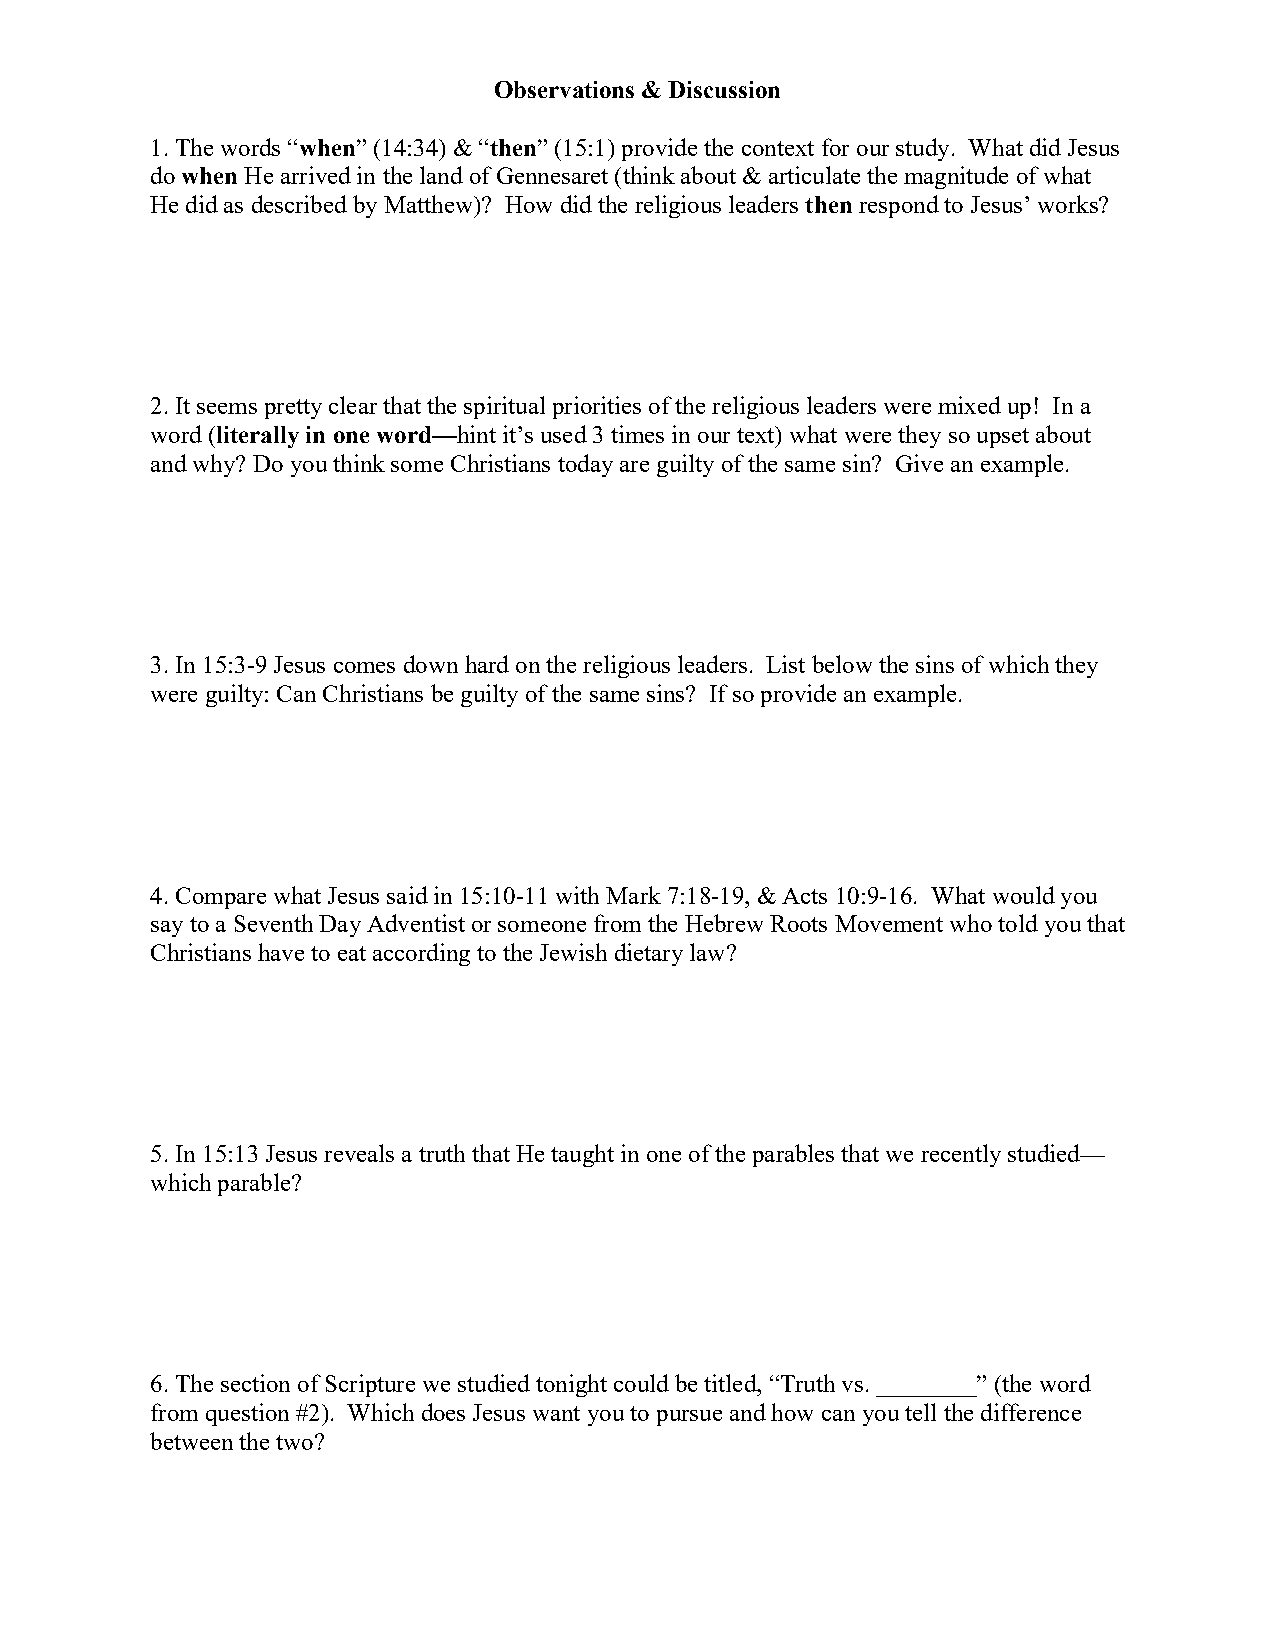
Observations & Discussion
 1. The words “when” (14:34) & “then” (15:1) provide the context for our study. What did Jesus
 do when He arrived in the land of Gennesaret (think about & articulate the magnitude of what
 He did as described by Matthew)? How did the religious leaders then respond to Jesus’ works?
 2. It seems pretty clear that the spiritual priorities of the religious leaders were mixed up! In a
 word (literally in one word—hint it’s used 3 times in our text) what were they so upset about
 and why? Do you think some Christians today are guilty of the same sin? Give an example.
 3. In 15:3-9 Jesus comes down hard on the religious leaders. List below the sins of which they
 were guilty: Can Christians be guilty of the same sins? If so provide an example.
 4. Compare what Jesus said in 15:10-11 with Mark 7:18-19, & Acts 10:9-16. What would you
 say to a Seventh Day Adventist or someone from the Hebrew Roots Movement who told you that
 Christians have to eat according to the Jewish dietary law?
 5. In 15:13 Jesus reveals a truth that He taught in one of the parables that we recently studied—
 which parable?
 6. The section of Scripture we studied tonight could be titled, “Truth vs. ________” (the word
 from question #2). Which does Jesus want you to pursue and how can you tell the difference
 between the two?